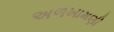
અળખામણી